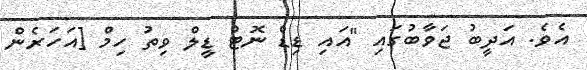
އެވެ. އަދީބު ޖަވާބުގައި "އައި ޑިޑް ނޮޓް ޑީލް ވިތު ހިމް [އަހަރެން